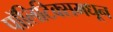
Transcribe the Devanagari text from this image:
पॉलिटिक्समधून